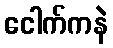
ငေါက်ကနဲ